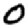
Digit: 0